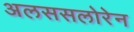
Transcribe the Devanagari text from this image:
अलससलोरेन